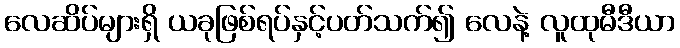
လေဆိပ်များရှိ ယခုဖြစ်ရပ်နှင့်ပတ်သက်၍ လေနဲ့ လူထုမီဒီယာ